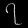
Digit: ၇